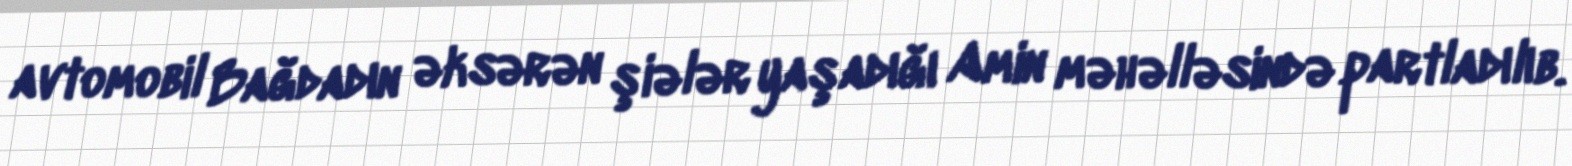
avtomobil Bağdadın əksərən şiələr yaşadığı Amin məhəlləsində partladılıb.